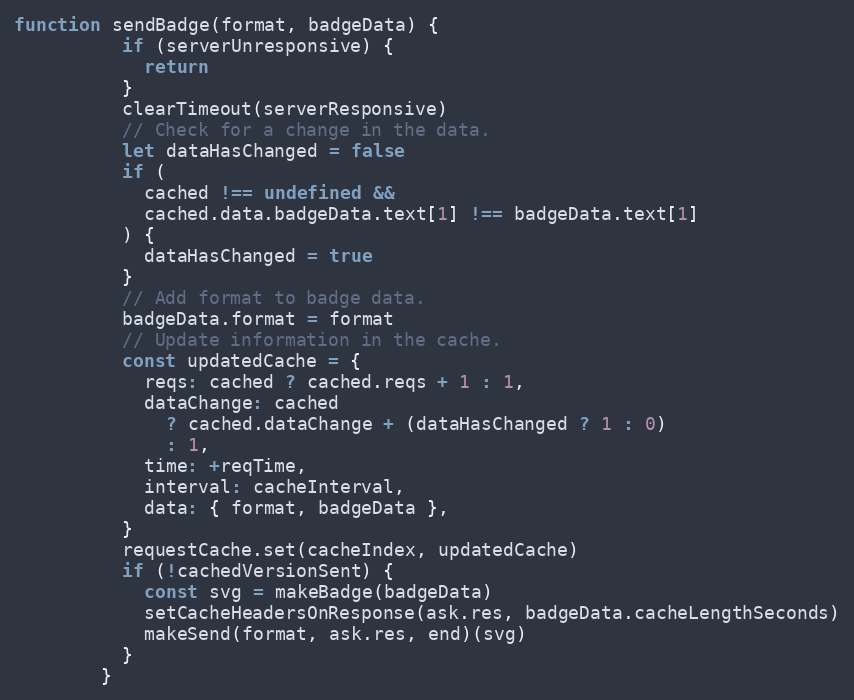
Language: JavaScript
function sendBadge(format, badgeData) {
          if (serverUnresponsive) {
            return
          }
          clearTimeout(serverResponsive)
          // Check for a change in the data.
          let dataHasChanged = false
          if (
            cached !== undefined &&
            cached.data.badgeData.text[1] !== badgeData.text[1]
          ) {
            dataHasChanged = true
          }
          // Add format to badge data.
          badgeData.format = format
          // Update information in the cache.
          const updatedCache = {
            reqs: cached ? cached.reqs + 1 : 1,
            dataChange: cached
              ? cached.dataChange + (dataHasChanged ? 1 : 0)
              : 1,
            time: +reqTime,
            interval: cacheInterval,
            data: { format, badgeData },
          }
          requestCache.set(cacheIndex, updatedCache)
          if (!cachedVersionSent) {
            const svg = makeBadge(badgeData)
            setCacheHeadersOnResponse(ask.res, badgeData.cacheLengthSeconds)
            makeSend(format, ask.res, end)(svg)
          }
        }